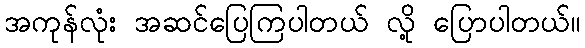
အကုန်လုံး အဆင်ပြေကြပါတယ် လို့ ပြောပါတယ်။